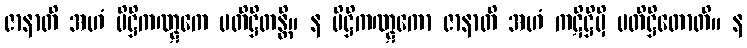
ဇာနာတိ အဟံ ပိဋ္ဌိကဏ္ဋကေ ပတိဋ္ဌိတန္တိ။ န ပိဋ္ဌိကဏ္ဋကော ဇာနာတိ အဟံ ကဋိဋ္ဌိမှိ ပတိဋ္ဌိတောတိ။ န